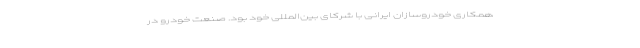
همکاری خودروسازان ایرانی با شرکای بین‌المللی خود بود. صنعت خودرو در